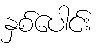
နှစ်ပေါင်း